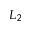
L _ { 2 }